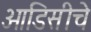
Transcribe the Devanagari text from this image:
ओडिसीचे